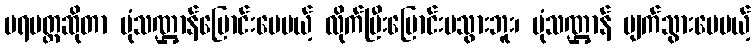
ပရမတ္ထဆိုတာ ပုံသဏ္ဌာန်ပြောင်းပေမယ့် လိုက်ပြီးပြောင်းမသွားဘူး၊ ပုံသဏ္ဌာန် ပျက်သွားပေမယ့်